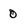
Character: 0